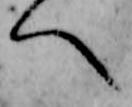
へ